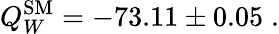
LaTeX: Q_{W}^{\mathrm{SM}}=-73.11\pm 0.05\; .